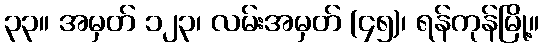
၃၃။ အမှတ် ၁၂၃၊ လမ်းအမှတ် (၄၅)၊ ရန်ကုန်မြို့။